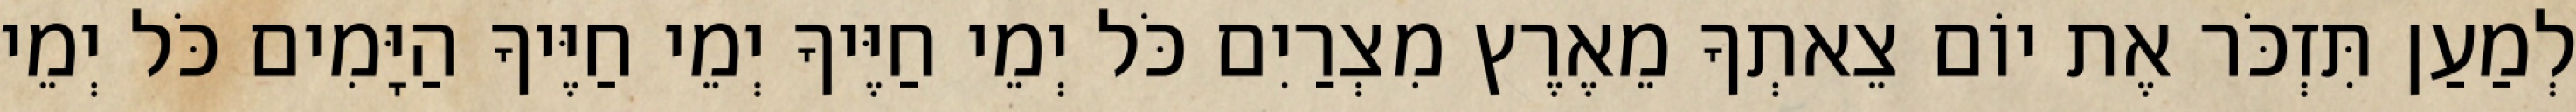
לְמַעַן תִּזְכֹּר אֶת יוֹם צֵאתְךָ מֵאֶרֶץ מִצְרַיִם כֹּל יְמֵי חַיֶּיךָ יְמֵי חַיֶּיךָ הַיָּמִים כֹּל יְמֵי